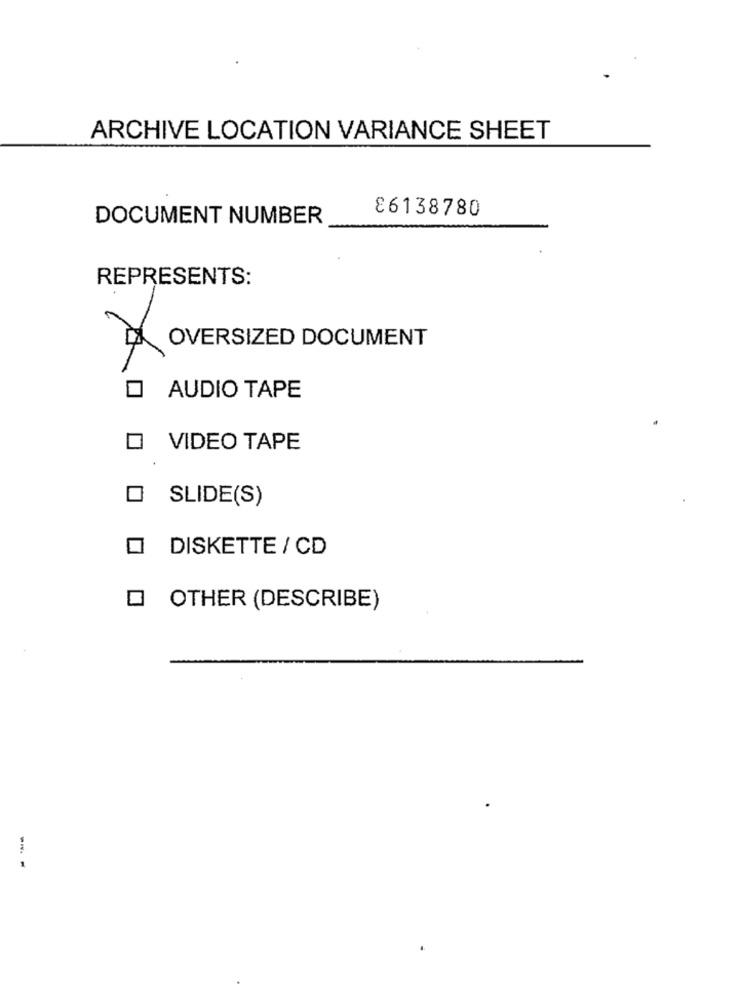
ARCHIVE LOCATION VARIANCE SHEET
86138780
DOCUMENT NUMBER
REPRESENTS:
OVERSIZED DOCUMENT
AUDIO TAPE
VIDEO TAPE
O SLIDE(S)
O DISKETTE / CD
OTHER (DESCRIBE)